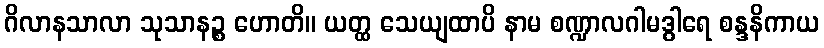
ဂိလာနသာလာ သုသာနဉ္စ ဟောတိ။ ယတ္ထ သေယျထာပိ နာမ စဏ္ဍာလဂါမဒွါရေ စန္ဒနိကာယ